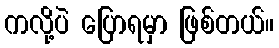
ကလို့ပဲ ပြောရမှာ ဖြစ်တယ်။